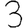
Digit: 3